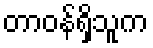
တာဝန်ရှိသူက